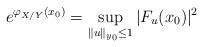
LaTeX: \begin{align*}e^{\varphi_{X/Y}(x_0)}= \sup_{\Vert u\Vert_{y_0}\leq 1} |F_u (x_0)|^2\end{align*}